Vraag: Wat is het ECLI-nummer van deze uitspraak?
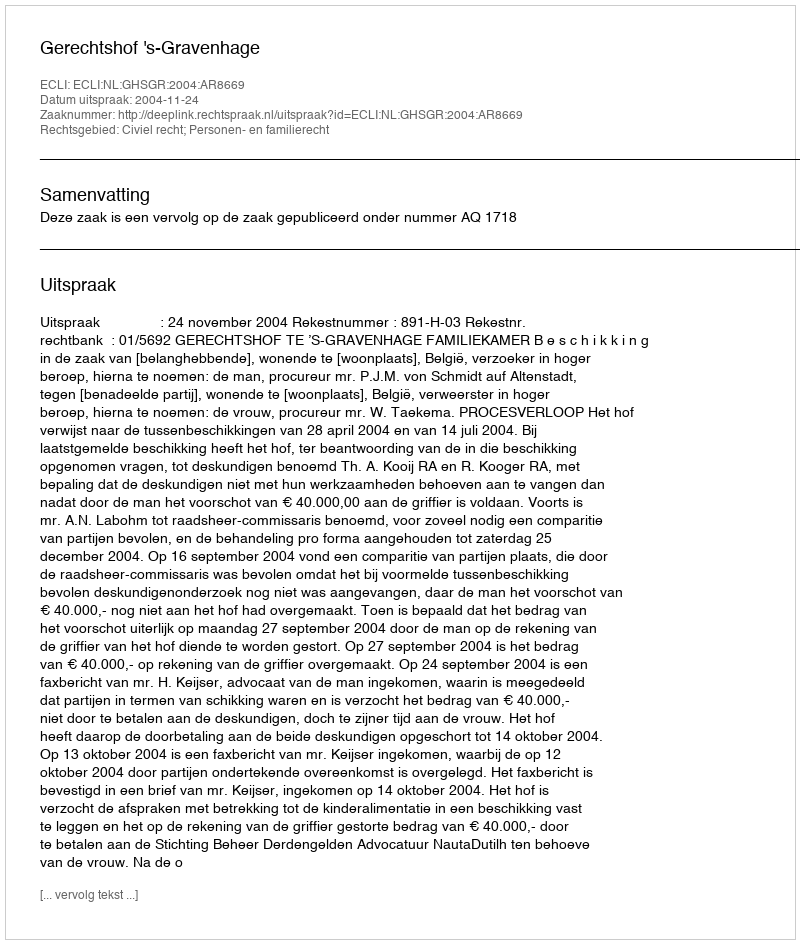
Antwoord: ECLI:NL:GHSGR:2004:AR8669